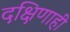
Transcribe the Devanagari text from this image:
दक्षिणाही